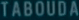
TABOUDA